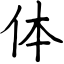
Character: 体